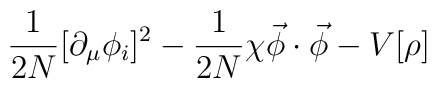
\frac{1}{2 N} [\partial_\mu \phi_i ]^2-\frac{1}{2 N } \chi {\vec \phi \cdot \vec \phi}-  V[{\rho}]